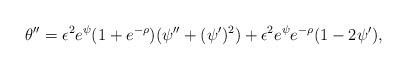
LaTeX: \begin{align*} \theta'' = \epsilon^2 e^\psi(1 + e^{-\rho})( \psi'' + (\psi')^2) + \epsilon^2 e^\psi e^{-\rho}(1 - 2 \psi'),\end{align*}